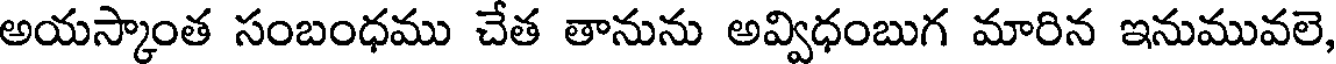
అయస్కాంత సంబంధము చేత తానును అవ్విధంబుగ మారిన ఇనుమువలె,